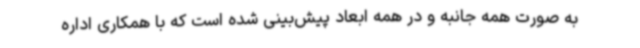
به صورت همه‌ جانبه و در همه ابعاد پیش‌بینی شده است که با همکاری اداره